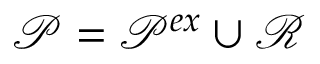
\mathcal { P } = \mathcal { P } ^ { e x } \cup \mathcal { R }